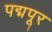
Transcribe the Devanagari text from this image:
पद्मपूर